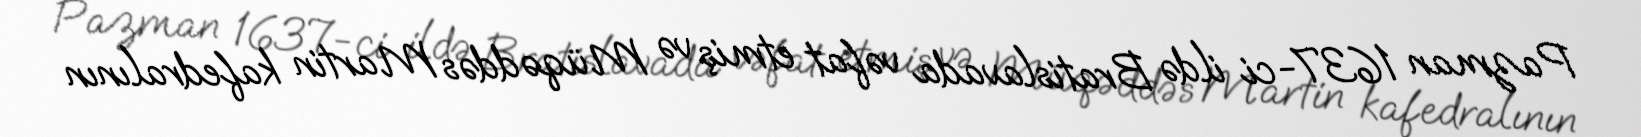
Pazman 1637-ci ildə Bratislavada vəfat etmiş və Müqəddəs Martin kafedralının